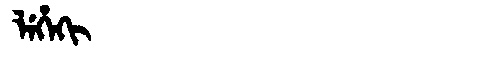
Manchu: ᠯᡝᡥᡝᡴᡳ
Romanization: LEHEKI